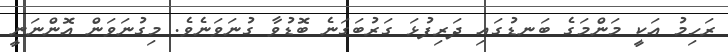
ރަހިމު އަކީ މަންމަގެ ބަނޑުގައި ދަރިފުޅަ ގަރުބަގަނެ ބޮޑުވާ ގުނަވަނެވެ. މިގުނަވަން އޮންނަނީ